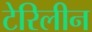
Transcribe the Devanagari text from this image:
टेरिलीन